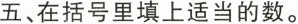
五、在括号里填上适当的数